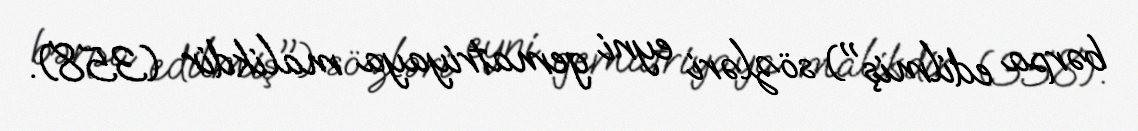
bərpa edilmiş") sözləri eyni gematriyaya malikdir (358).